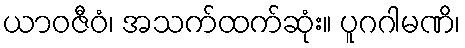
ယာဝဇီဝံ၊ အသက်ထက်ဆုံး။ ပူဂဂါမဏိ၊